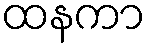
ထနကာ